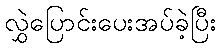
လွှဲပြောင်းပေးအပ်ခဲ့ပြီး